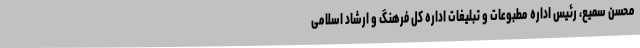
محسن سمیع، رئیس اداره مطبوعات و تبلیغات اداره کل فرهنگ و ارشاد اسلامی